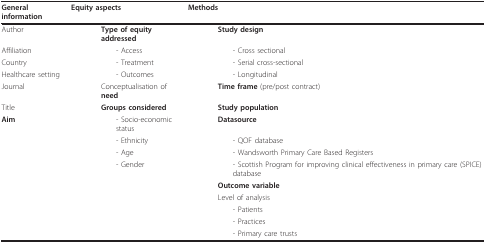
<table><thead><tr><td><b>General information</b></td><td><b>Equity aspects</b></td><td><b>Methods</b></td></tr></thead><tbody><tr><td>Author</td><td><b>Type of equity addressed</b></td><td><b>Study design</b></td></tr><tr><td>Affiliation</td><td>- Access</td><td>- Cross sectional</td></tr><tr><td>Country</td><td>- Treatment</td><td>- Serial cross-sectional</td></tr><tr><td>Healthcare setting</td><td>- Outcomes</td><td>- Longitudinal</td></tr><tr><td>Journal</td><td>Conceptualisation of <b>need</b></td><td><b>Time frame </b>(pre/post contract)</td></tr><tr><td>Title</td><td><b>Groups considered</b></td><td><b>Study population</b></td></tr><tr><td><b>Aim</b></td><td>- Socio-economic status</td><td><b>Datasource</b></td></tr><tr><td></td><td>- Ethnicity</td><td>- QOF database</td></tr><tr><td></td><td>- Age</td><td>- Wandsworth Primary Care Based Registers</td></tr><tr><td></td><td>- Gender</td><td>- Scottish Program for improving clinical effectiveness in primary care (SPICE) database</td></tr><tr><td></td><td></td><td><b>Outcome variable</b></td></tr><tr><td></td><td></td><td>Level of analysis</td></tr><tr><td></td><td></td><td>- Patients</td></tr><tr><td></td><td></td><td>- Practices</td></tr><tr><td></td><td></td><td>- Primary care trusts</td></tr></tbody></table>